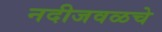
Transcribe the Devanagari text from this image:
नदीजवळचे